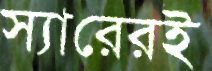
স্যারেরই